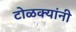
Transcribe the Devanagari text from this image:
टोळक्यांनी